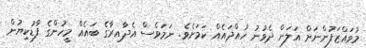
މުވައްޒަފުންނަށް އަލަށް ދެވުނު ހުއްދައެއް ކަމަށެވެ. ނަމަވެސް އެދާއިރާގެ ބައެއް މީހުންގެ ފާޑުކިޔުން